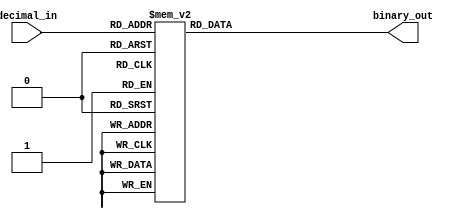
module decimal_priority_encoder(
    input [2:0] decimal_in,
    output reg [2:0] binary_out
);

always @(*)
begin
    case(decimal_in)
        3'd0: binary_out = 3'b000;
        3'd1: binary_out = 3'b001;
        3'd2: binary_out = 3'b010;
        3'd3: binary_out = 3'b011;
        3'd4: binary_out = 3'b100;
        3'd5: binary_out = 3'b101;
        3'd6: binary_out = 3'b110;
        3'd7: binary_out = 3'b111;
        default: binary_out = 3'b000; // Default case for invalid input
    endcase
end

endmodule